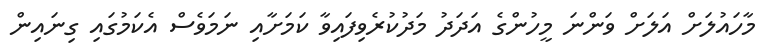
މާހައުލަށް އަލަށް ވަންނަ މީހުންގެ އަދަދު މަދުކުރެވިފައިވާ ކަމަށާއި ނަމަވެސް އެކަމުގައި ގިނައިން